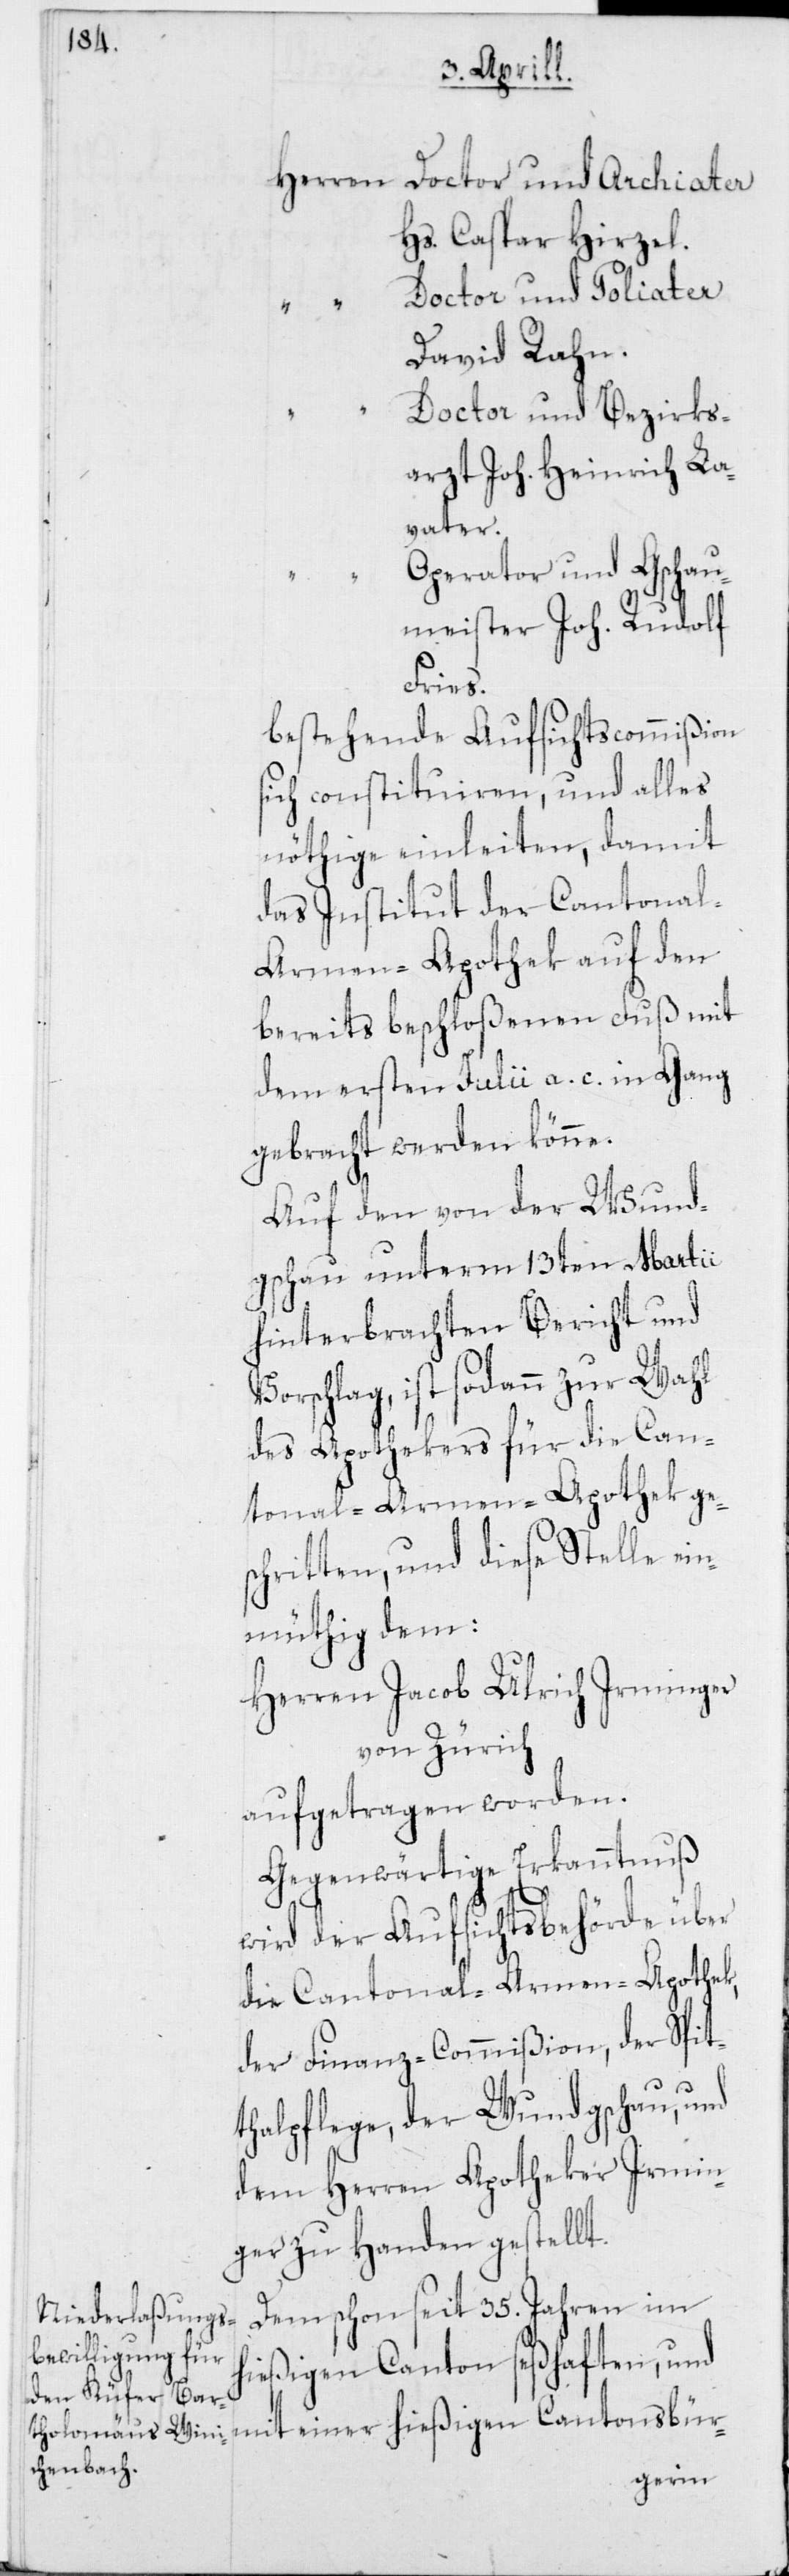
Doctor und Archiater
Hs. Caspar Hirzel.
Doctor und Poliater
David Rahn.
Doctor und Bezirks¬
arzt Joh. Heinrich La¬
vater.
Operator und Gschau¬
meister Joh. Rudolf
Fries.
bestehende Aufsichtscommißion
sich constituiren, und alles
nöthige einleiten, damit
das Institut der Cantonal-A¬
rmen-Apothek auf den
bereits beschloßenen Fuß mit
dem ersten Julii a. c. in Gang
gebracht werden könne.
Auf den von der Wund¬
gschau unterm 13ten Martii
hinterbrachten Bericht und
Vorschlag, ist sodann zur Wahl
des Apothekers für die Can¬
tonal-Armen-Apothek ge¬
schritten, und diese Stelle ein¬
müthig dem:
Herren Jacob Ulrich Irminger
von Zürich
aufgetragen worden.
Gegenwärtige Erkanntnuß
wird der Aufsichtsbehörde über
die Cantonal-Armen-Apothek,
der Finanz-Commißion, der Spit¬
thalpflege, der Wundgschau, und
dem Herren Apotheker Irmin¬
ger zu Handen gestellt.
Dem schon seit 35. Jahren im
hießigen Canton seßhaften, und